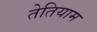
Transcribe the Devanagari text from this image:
तेतियाम